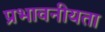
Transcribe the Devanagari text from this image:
प्रभावनीयता